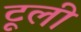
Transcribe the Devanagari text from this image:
टूली